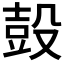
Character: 𰚃